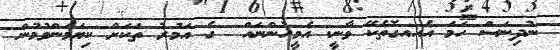
ނުދިނަސް ހަމަ އެއއގޮތެކޭ ވާނީ. އެމީހުންނައް  ގެ އަމުރު ތަކަށް ކިޔަމަންވުމުން